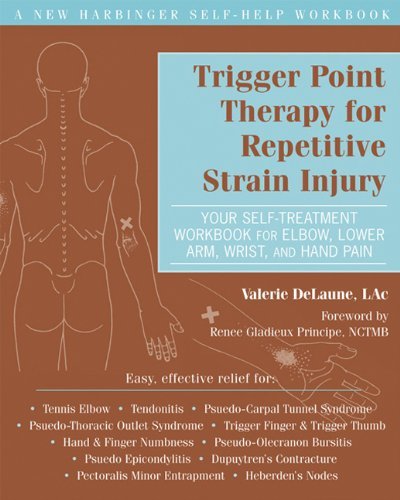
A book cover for Trigger Point Therapy for Repetitive Strain Injury: Your Self-Treatment Workbook for Elbow, Lower Arm, Wrist, & Hand Pain [Paperback] [2012] (Author) Valerie DeLaune LAc, Renee Principe NCTMB; Health, Fitness & Dieting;